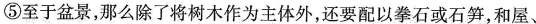
⑤至于盆景，那么除了将树木作为主体外，还要配以拳石或石笋，和屋、